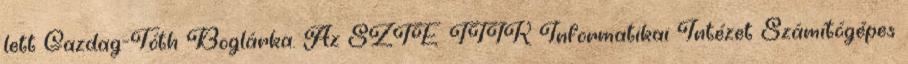
lett Gazdag-Tóth Boglárka. Az SZTE TTIK Informatikai Intézet Számítógépes